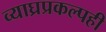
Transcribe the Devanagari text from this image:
व्याघ्रप्रकल्पही